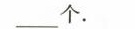
___个